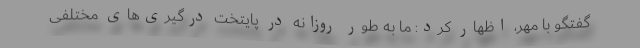
گفتگو با مهر، اظهار کرد: ما به طور روزانه در پایتخت درگیری‌های مختلفی